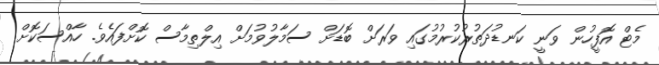
މެޓް އޮފީހުން ވަނީ ކަނޑުދަތުރުކުރުމުގައި ވަރަށް ބޮޑަށް ސަމާލުވުމަށް އިލްތިމާސް ކޮށްފައެވެ. ހާއްސަކޮށް